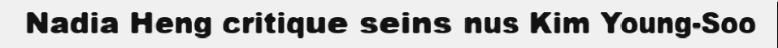
Nadia Heng critique seins nus Kim Young-Soo